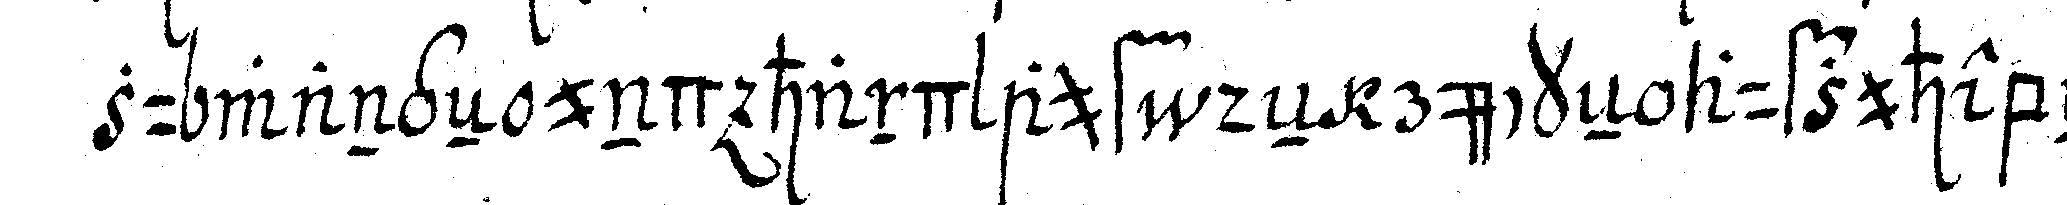
zu wangeN und hand auf deN rückeN aufzuhebeN